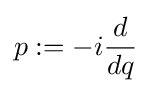
p:=-i{\frac {d}{dq}}